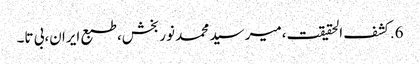
6.	کشف الحقیقت،میر سید محمد نوربخش،طبع ایران،بی تا۔